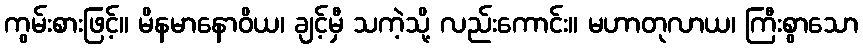
ကွမ်းစားဖြင့်။ မိနမာနောဝိယ၊ ချင့်မှီ သကဲ့သို့ လည်းကောင်း။ မဟာတုလာယ၊ ကြီးစွာသော